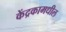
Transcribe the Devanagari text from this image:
केंद्रकामधील